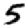
Digit: 5